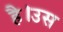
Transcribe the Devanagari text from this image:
है।उस